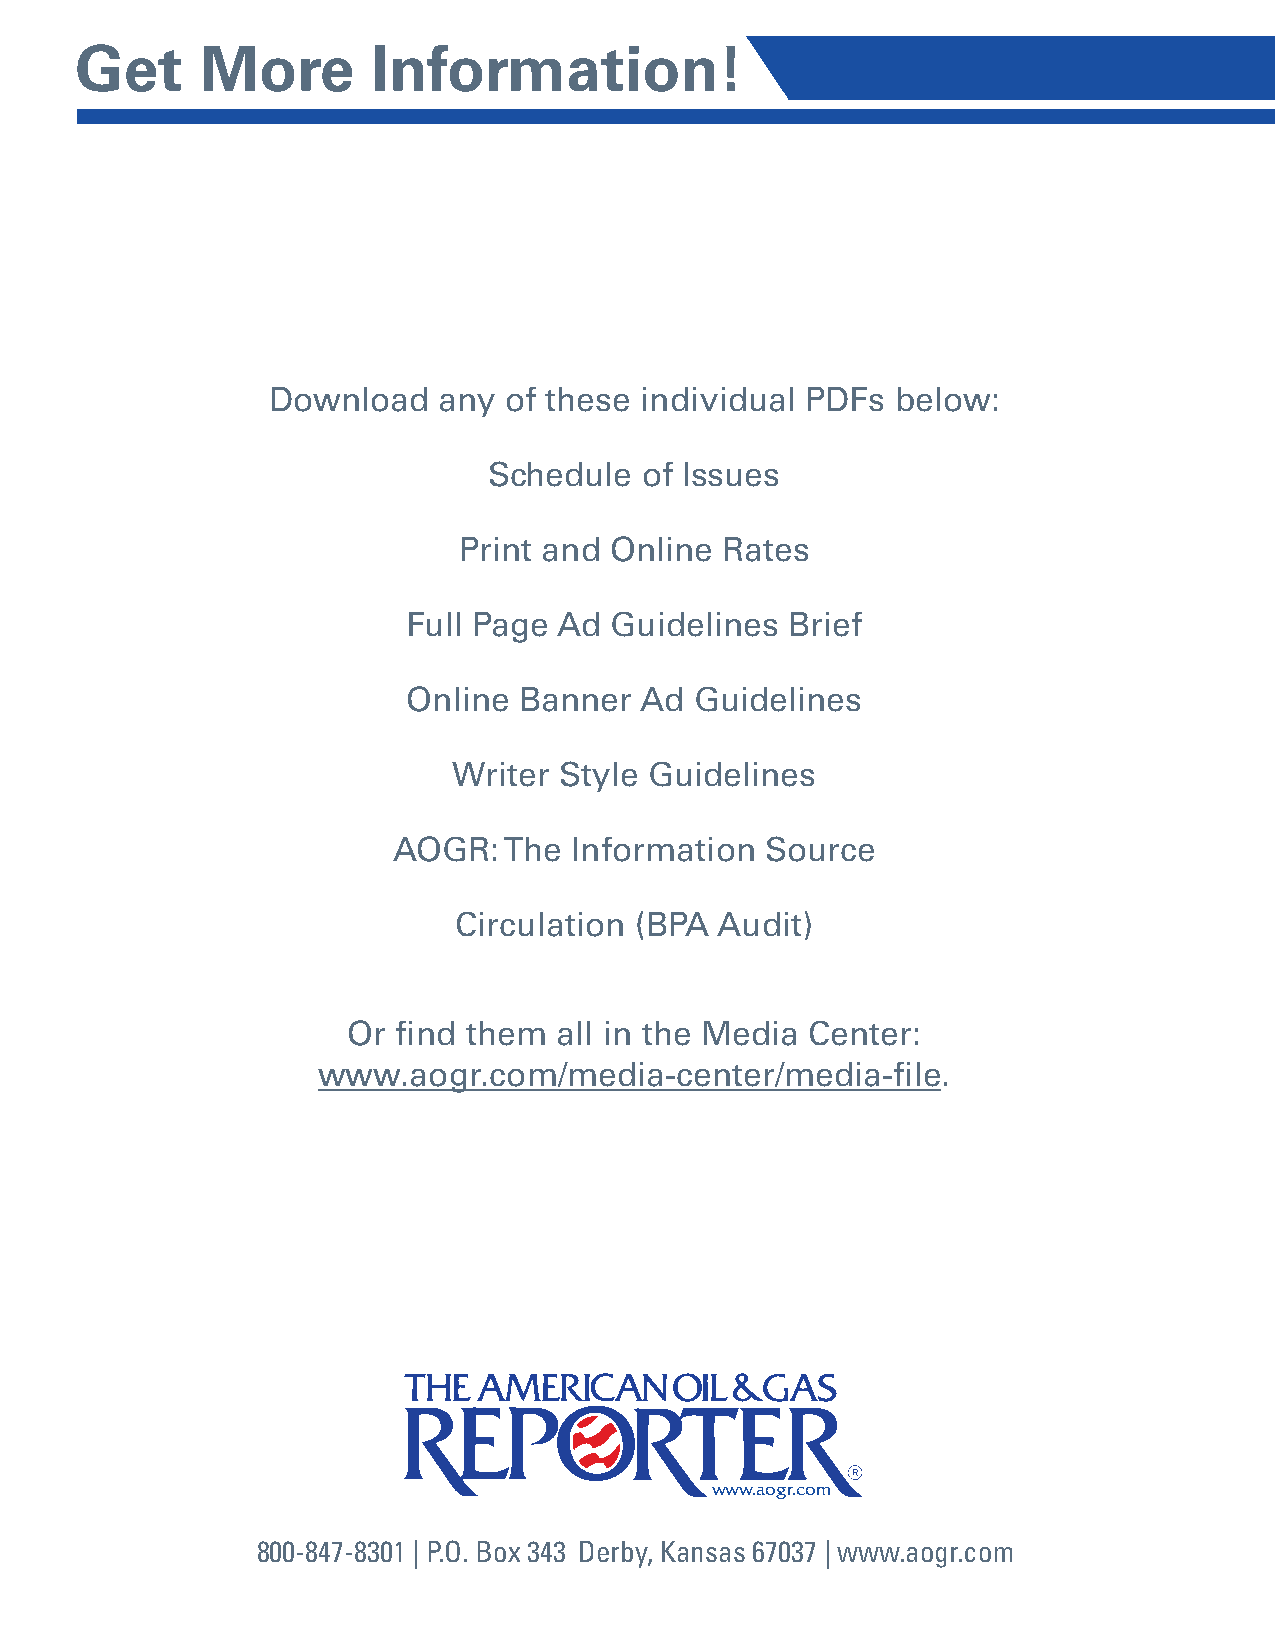
Get     More        Information!
 Download   any of these individual PDFs  below:
 Schedule  of Issues
 Print and Online  Rates
 Full Page Ad Guidelines  Brief
 Online Banner  Ad  Guidelines
 Writer Style Guidelines
 AOGR:  The  Information  Source
 Circulation (BPA Audit)
 Or find them  all in the Media Center:
 www.aogr.com/media-center/media-file.
 www.aogr.com
 800-847-8301 | P.O. Box 343 Derby, Kansas 67037 | www.aogr.com